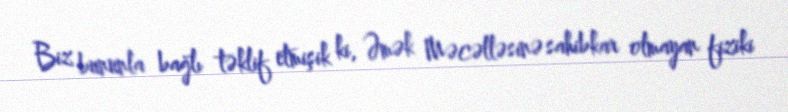
Biz bununla bağlı təklif etmişik ki, Əmək Məcəlləsinə sahibkar olmayan fiziki